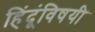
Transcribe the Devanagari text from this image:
हिंदूंविषयी